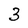
Character: 3